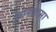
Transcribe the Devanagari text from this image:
आपलासा